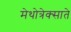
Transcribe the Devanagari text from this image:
मेथोत्रेक्साते